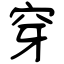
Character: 穿